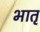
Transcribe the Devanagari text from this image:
भातृ